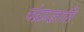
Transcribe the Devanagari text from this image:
चंद्रप्रज्ञाप्ति